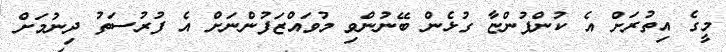
މީގެ އިތުރަށް އެ ކުންފުންޏާ ގުޅެން ބޭނުންވި މުވައްޒަފުންނަށް އެ ފުރުސަތު ދިނުމަށް